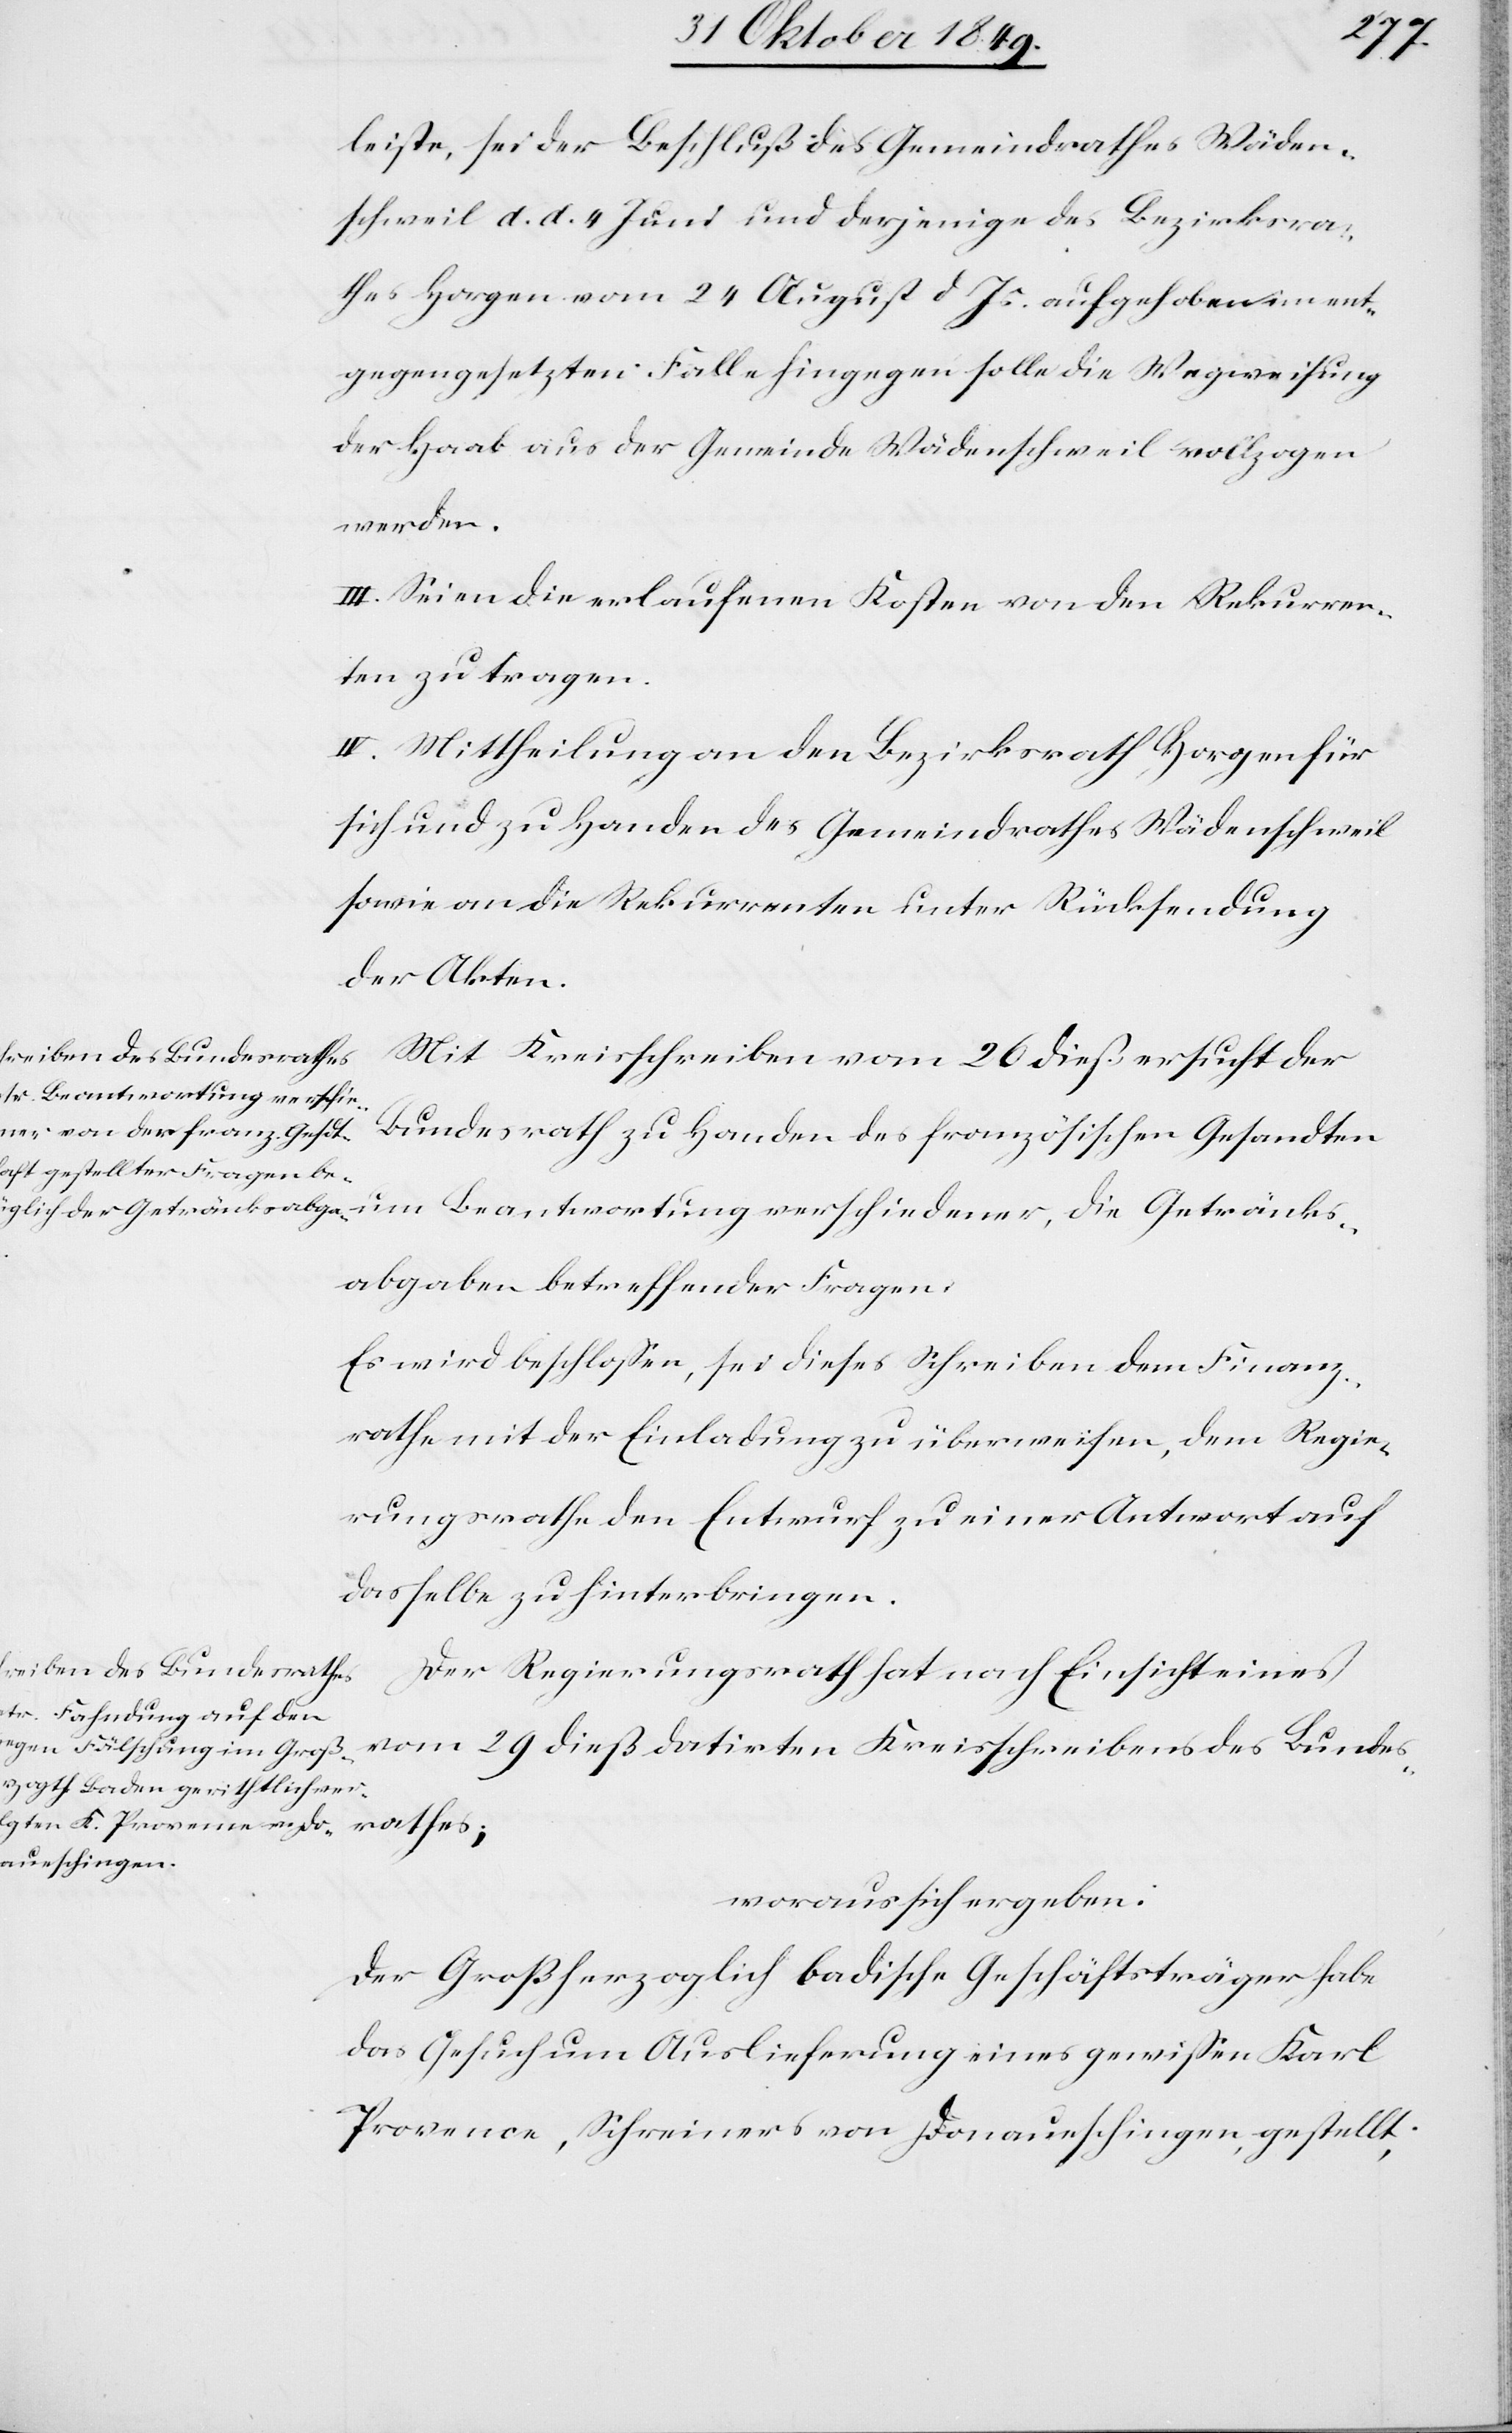
leiste, sei der Beschluß des Gemeindrathes Wäden¬
schweil d. d. 4 Juni und derjenige des Bezirksra¬
thes Horgen vom 24 August d. Js. aufgehoben ent¬
gegengesetzten Falle hingegen solle die Wegweisung
der Haab aus der Gemeinde Wädenschweil vollzogen
werden.
III. Seien die erlaufenen Kosten von den Rekurren¬
ten zu tragen.
IV. Mittheilung an den Bezirksrath Horgen für
sich und zu Handen des Gemeindrathes Wädenschweil
sowie an die Rekurrenten unter Rücksendung
der Akten.
Mit Kreisschreiben vom 20 dieß ersucht der
um Beantwortung verschie¬
Bundesrath zu Handen des französischen Gesandten
abgaben betreffender Fragen.
Es wird beschloßen, sei dieses Schreiben dem Finanz¬
rathe mit der Einladung zu überweisen, dem Regie¬
rungsrathe den Entwurf zu einer Antwort auf
dasselbe zu hinterbringen.
Der Regierungsrath hat nach Einsicht eines
vom 29 dieß datirten Kreisschreibens des Bundes¬
woraus sich ergeben:
Der Großherzoglich badische Geschäftsträger habe
das Gesuch um Auslieferung eines gewißen Karl
Provence, Schreiners von Donaueschingen, gestellt,

rathes;